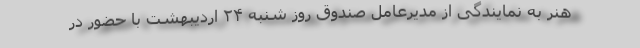
هنر به نمایندگی از مدیرعامل صندوق روز شنبه ۲۴ اردیبهشت با حضور در